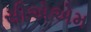
સીએએમ